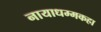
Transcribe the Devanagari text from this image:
नायाधम्मकहा